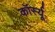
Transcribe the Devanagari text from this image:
कॉर्स्यू